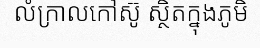
លំក្រាលកៅស៊ូ ស្ថិតក្នុងភូមិ